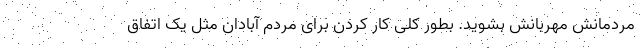
مردمانش مهربانش بشوید. بطور کلی کار کردن برای مردم آبادان مثل یک اتفاق